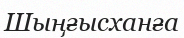
Шыңғысханға